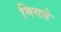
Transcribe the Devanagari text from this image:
मियते